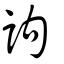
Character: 訽